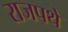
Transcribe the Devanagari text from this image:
राजपथे